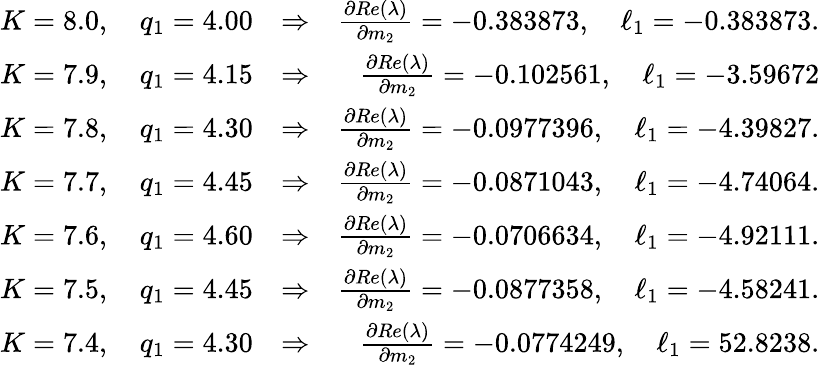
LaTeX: \begin{array}{rlr}{K=8.0,\quad q_{1}=4.00}&{\Rightarrow}&{\frac{\partial Re(\lambda)}{\partial m_{2}}=-0.383873,\quad\ell_{1}=-0.383873.}\\ {K=7.9,\quad q_{1}=4.15}&{\Rightarrow}&{\frac{\partial Re(\lambda)}{\partial m_{2}}=-0.102561,\quad\ell_{1}=-3.59672}\\ {K=7.8,\quad q_{1}=4.30}&{\Rightarrow}&{\frac{\partial Re(\lambda)}{\partial m_{2}}=-0.0977396,\quad\ell_{1}=-4.39827.}\\ {K=7.7,\quad q_{1}=4.45}&{\Rightarrow}&{\frac{\partial Re(\lambda)}{\partial m_{2}}=-0.0871043,\quad\ell_{1}=-4.74064.}\\ {K=7.6,\quad q_{1}=4.60}&{\Rightarrow}&{\frac{\partial Re(\lambda)}{\partial m_{2}}=-0.0706634,\quad\ell_{1}=-4.92111.}\\ {K=7.5,\quad q_{1}=4.45}&{\Rightarrow}&{\frac{\partial Re(\lambda)}{\partial m_{2}}=-0.0877358,\quad\ell_{1}=-4.58241.}\\ {K=7.4,\quad q_{1}=4.30}&{\Rightarrow}&{\frac{\partial Re(\lambda)}{\partial m_{2}}=-0.0774249,\quad\ell_{1}=52.8238.}\end{array}